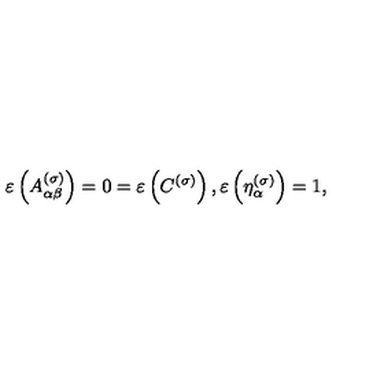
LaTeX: \varepsilon \left( A _ { \alpha \beta } ^ { ( \sigma ) } \right) = 0 = \varepsilon \left( C ^ { ( \sigma ) } \right) , \varepsilon \left( \eta _ { \alpha } ^ { ( \sigma ) } \right) = 1 ,